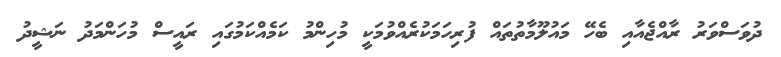
ދުވަސްވަރު ރާއްޖެއާއި ބެހޭ މައުލޫމާތުތައް ފުރިހަމަކުރެއްވުމަކީ މުހިންމު ކަމެއްކަމުގައި ރައީސް މުހަންމަދު ނަޝީދު